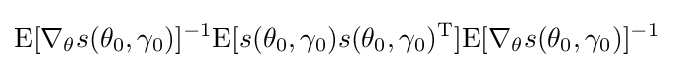
\mathrm {E} [\nabla _{\theta }s(\theta _{0},\gamma _{0})]^{-1}\mathrm {E} [s(\theta _{0},\gamma _{0})s(\theta _{0},\gamma _{0})^{\mathrm {T} }]\mathrm {E} [\nabla _{\theta }s(\theta _{0},\gamma _{0})]^{-1}